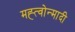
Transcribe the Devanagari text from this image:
मह्त्वोन्मादी